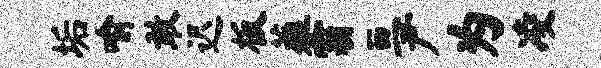
垢喻敢迟板薤霸亘尹为凌